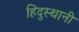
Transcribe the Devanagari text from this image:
हिदुस्थानी